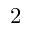
2